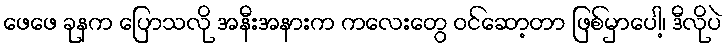
ဖေဖေ ခုနက ပြောသလို အနီးအနားက ကလေးတွေ ဝင်ဆော့တာ ဖြစ်မှာပေါ့၊ ဒီလိုပဲ